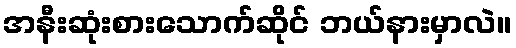
အနီးဆုံးစားသောက်ဆိုင် ဘယ်နားမှာလဲ။